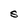
Character: S